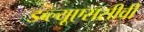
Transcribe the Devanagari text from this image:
डब्ल्यूएससीवी